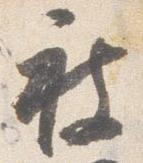
被